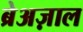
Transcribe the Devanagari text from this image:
ब्रेअज़ाल